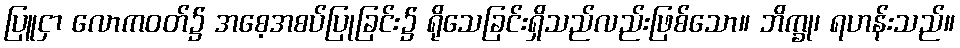
ပြူငှာ လောကဝတ်၌ အစေ့အစပ်ပြုခြင်း၌ ရိုသေခြင်းရှိသည်လည်းဖြစ်သော။ ဘိက္ခု၊ ရဟန်းသည်။